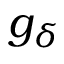
g _ { \delta }